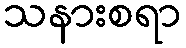
သနားစရာ